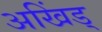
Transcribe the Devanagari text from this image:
अखिंड्